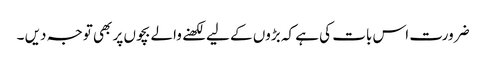
ضرورت اس بات کی ہے کہ بڑوں کے لیے لکھنے والے بچوں پر بھی توجہ دیں ۔